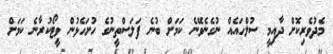
މެދުވެރިކޮށް ދާއިމީ ސުލްހައެއް ނުގެނެވޭނެ ކަމަށް ބުނެ ފަލަސްތީނުގެ ހުށަހެޅުން ވީޓޯކުރާނެ ކަމަށް